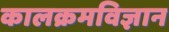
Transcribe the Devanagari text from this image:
कालक्रमविज्ञान